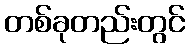
တစ်ခုတည်းတွင်